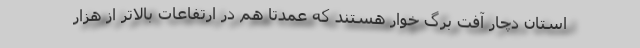
استان دچار آفت برگ خوار هستند که عمدتا هم در ارتفاعات بالاتر از هزار